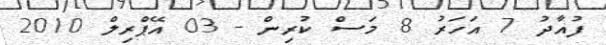
ފުއާދު 7 އަހަރު 8 މަސް ކުރިން - 03 އޭޕްރިލް 2010